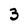
Character: 3